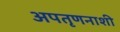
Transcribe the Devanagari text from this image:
अपतृणनाशी